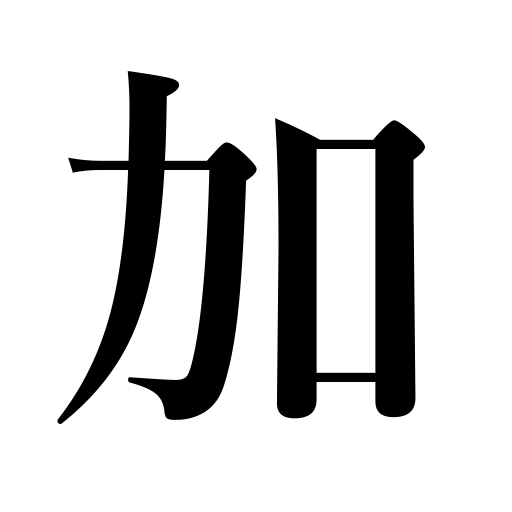
Meanings: add,include,gain in influence,addition,sum up,inflict,append,increase,join in,accede to